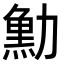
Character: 𠢴